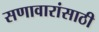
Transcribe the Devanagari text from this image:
सणावारांसाठी